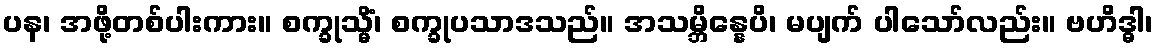
ပန၊ အဖို့တစ်ပါးကား။ စက္ခုသ္မိံ၊ စက္ခုပသာဒသည်။ အသမ္ဘိန္နေပိ၊ မပျက် ပါသော်လည်း။ ဗဟိဒ္ဓါ၊